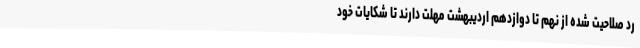
رد صلاحیت شده از نهم تا دوازدهم اردیبهشت مهلت دارند تا شکایات خود